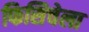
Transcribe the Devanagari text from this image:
फिसिचेला